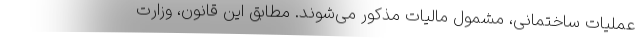
عملیات ساختمانی، مشمول مالیات مذکور می‌شوند. مطابق این قانون، وزارت